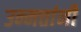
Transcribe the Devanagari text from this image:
उन्मत्तांनी